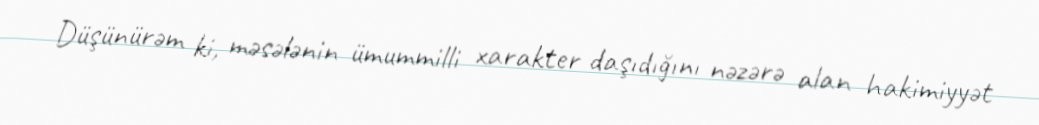
Düşünürəm ki, məsələnin ümummilli xarakter daşıdığını nəzərə alan hakimiyyət